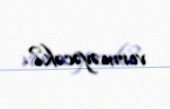
verməyəcək?.